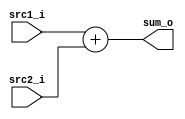
//Subject:     CO project 2 - Adder
//--------------------------------------------------------------------------------
//Version:     1
//--------------------------------------------------------------------------------
//Writer:      Luke
//----------------------------------------------
//Date:        
//----------------------------------------------
//Description: 
//--------------------------------------------------------------------------------

module Adder(
    src1_i,
	src2_i,
	sum_o
	);
     
//I/O ports
input  [32-1:0]  src1_i;
input  [32-1:0]	 src2_i;
output [32-1:0]	 sum_o;

//Internal Signals
wire    [32-1:0]	 sum_o;

//Parameter
    
//Main function
assign sum_o = src1_i + src2_i;
always@(*)
begin
	$display("adder output=%p", sum_o);
end
endmodule